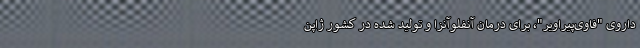
داروی "فاوی‌پیراویر"، برای درمان آنفلوآنزا و تولید شده در کشور ژاپن